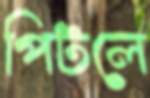
পিটলে